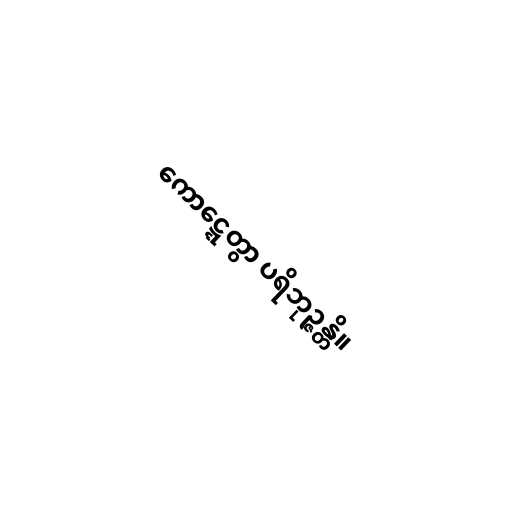
ကောဋ္ဋေတွာ ပရိဘုဉ္ဇန္တိ။